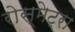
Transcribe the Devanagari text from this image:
रोस्मेट्रा